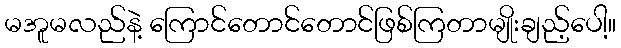
မအူမလည်နဲ့ ကြောင်တောင်တောင်ဖြစ်ကြတာမျိုးချည့်ပေါ့။